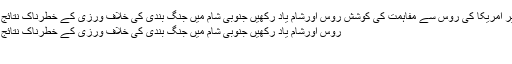
شام کے حوالے سے ایران کے بغیر امریکا کی روس سے مفاہمت کی کوشش روس اورشام یاد رکھیں جنوبی شام میں جنگ بندی کی خلاف ورزی کے خطرناک نتائج برآمد ہوسکتے ہیں،محکمہ خارجہ
روس اورشام یاد رکھیں جنوبی شام میں جنگ بندی کی خلاف ورزی کے خطرناک نتائج برآمد ہوسکتے ہیں،محکمہ خارجہ
دمشق(اُردو پوائنٹ اخبار آن لائن۔